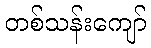
တစ်သန်းကျော်